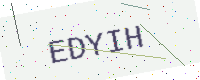
Text: EDYIH